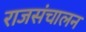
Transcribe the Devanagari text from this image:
राजसंचालन